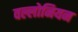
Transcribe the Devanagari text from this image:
वल्लोनियन